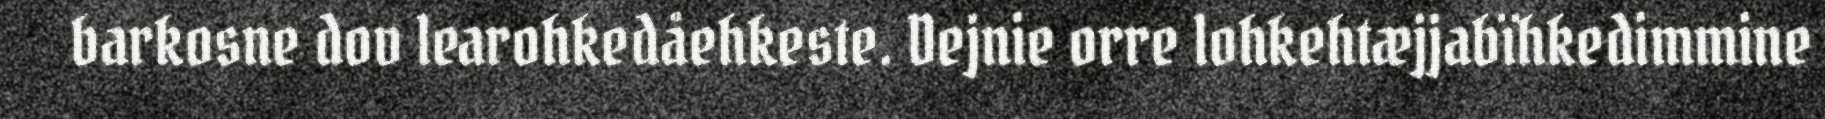
barkosne dov learohkedåehkeste. Dejnie orre lohkehtæjjabïhkedimmine